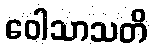
ဝေါသာသတိ